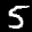
Label: 5